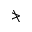
\ngtr